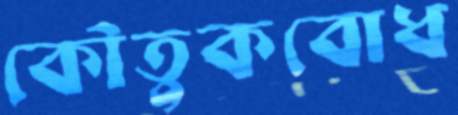
কৌতুকবোধ